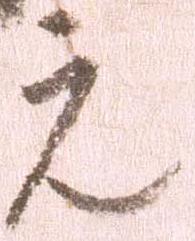
元